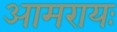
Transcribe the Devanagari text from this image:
आमरायः